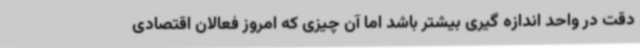
دقت در واحد اندازه گیری بیشتر باشد اما آن چیزی که امروز فعالان اقتصادی